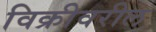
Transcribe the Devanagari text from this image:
विक्रीवरील